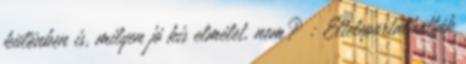
különben is, milyen jó kis elmélet, nem? : Elteleportálhatták